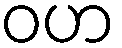
ဝဟ